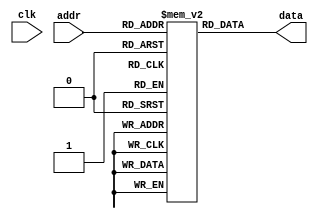
module rom (
  
input clk,
input wire [4:0] addr,
output reg [31:0] data
);

  //-- Memoria
  reg [31:0] rom [0:31];

  //-- Proceso de acceso a la memoria. 
  //-- Se ha elegido flanco de bajada en este ejemplo, pero
  //-- funciona igual si es de subida
  always @ * begin
    data <= rom[addr];
  end

//-- Inicializacion de la memoria. 
//-- Solo se dan valores a las 8 primeras posiciones
//-- El resto permanecera a 0
  initial begin
rom[0] = 32'h00000800; //ADD $1, $0, $0
rom[1] = 32'h2402000B; //ADDIU $2, $0, 11
rom[2] = 32'h8C230000; //LW $3, 0($1)
rom[3] = 32'h24210001; //ADDI $1, $1, 1
rom[4] = 32'h8C240000; //LW $4, 0($1)
rom[5] = 32'h04832800; //SLT $5, $4, $3
rom[6] = 32'h10A00002; //BEQ $5, $0, 1
rom[7] = 32'h00041800; //ADD $3, $4, $0
rom[8] = 32'h10220002; //BEQ $1, $2, $1
rom[9] = 32'h08000003; //JMP 2
rom[10] = 32'hAC230000;//SW $3, 0($1)
rom [11] = 32'h0800000B;//JMP11
   end
endmodule